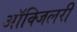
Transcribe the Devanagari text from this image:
आॅक्जिलरी